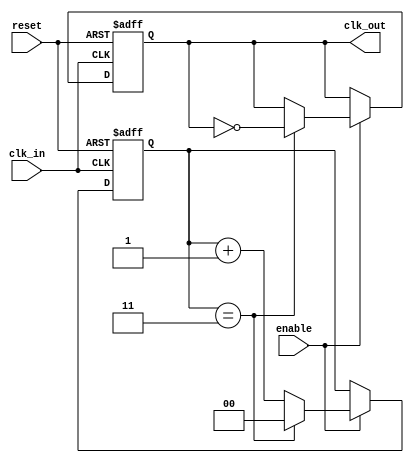
module clock_divider #(
    parameter N = 4  // Parameterized division factor
)(
    input wire clk_in,      // Input clock signal
    input wire reset,       // Reset signal
    input wire enable,      // Output enable signal
    output reg clk_out      // Output clock signal
);

    reg [$clog2(N)-1:0] counter; // Counter to keep track of clock cycles

    always @(posedge clk_in or posedge reset) begin
        if (reset) begin
            counter <= 0;         // Reset counter
            clk_out <= 0;        // Reset output clock
        end else begin
            if (enable) begin
                if (counter == (N-1)) begin
                    clk_out <= ~clk_out; // Toggle output clock
                    counter <= 0;         // Reset counter
                end else begin
                    counter <= counter + 1; // Increment counter
                end
            end
        end
    end

endmodule